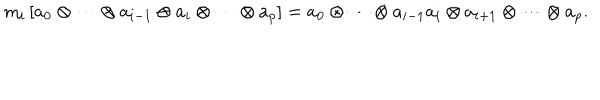
LaTeX: \mathrm { m } _ { i } \left[ a _ { 0 } \otimes \cdots \otimes a _ { i - 1 } \otimes a _ { i } \otimes \cdots \otimes a _ { p } \right] = a _ { 0 } \otimes \cdots \otimes a _ { i - 1 } a _ { i } \otimes a _ { i + 1 } \otimes \cdots \otimes a _ { p } .